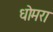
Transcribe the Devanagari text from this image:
धोमरा